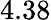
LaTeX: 4.38